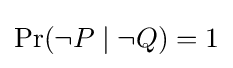
\Pr(\lnot P\mid \lnot Q)=1